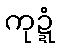
ကုဍ္ဍံ